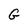
Character: G